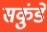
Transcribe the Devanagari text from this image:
सकुंडे